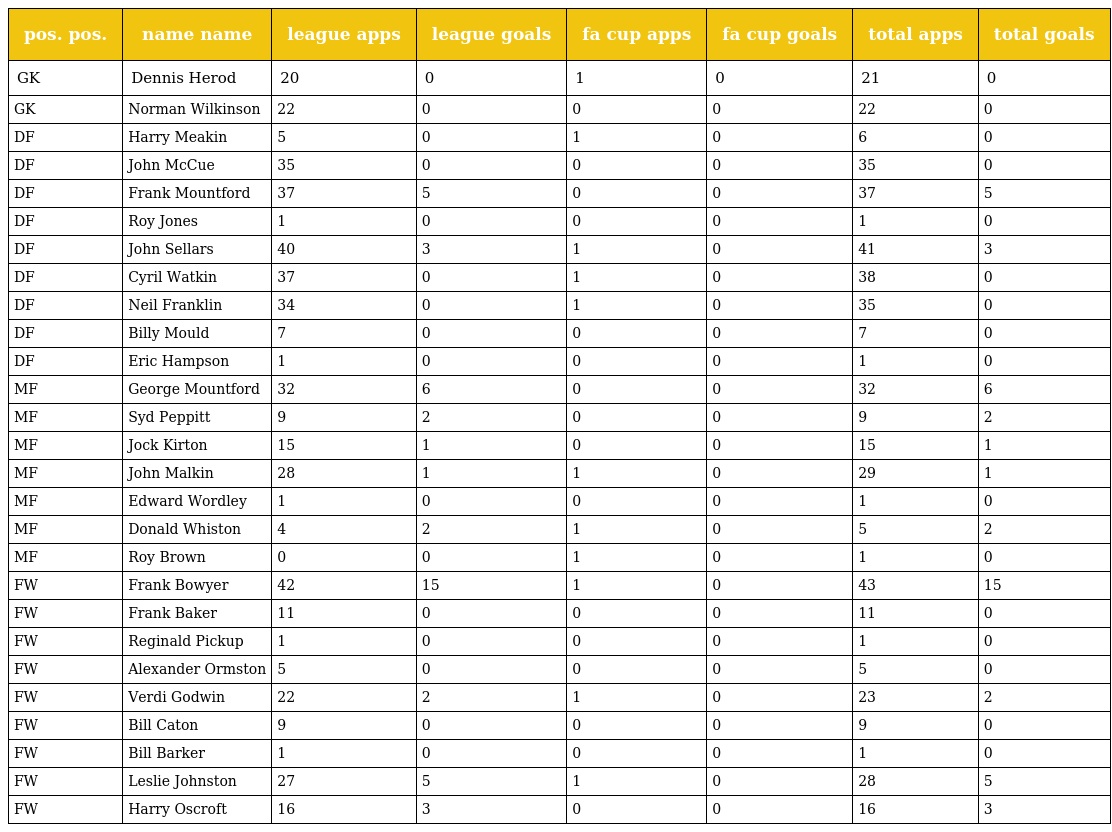
| pos. pos. | name name | league apps | league goals | fa cup apps | fa cup goals | total apps | total goals |
 | --- | --- | --- | --- | --- | --- | --- | --- |
 | GK | Dennis Herod | 20 | 0 | 1 | 0 | 21 | 0 |
 | GK | Norman Wilkinson | 22 | 0 | 0 | 0 | 22 | 0 |
 | DF | Harry Meakin | 5 | 0 | 1 | 0 | 6 | 0 |
 | DF | John McCue | 35 | 0 | 0 | 0 | 35 | 0 |
 | DF | Frank Mountford | 37 | 5 | 0 | 0 | 37 | 5 |
 | DF | Roy Jones | 1 | 0 | 0 | 0 | 1 | 0 |
 | DF | John Sellars | 40 | 3 | 1 | 0 | 41 | 3 |
 | DF | Cyril Watkin | 37 | 0 | 1 | 0 | 38 | 0 |
 | DF | Neil Franklin | 34 | 0 | 1 | 0 | 35 | 0 |
 | DF | Billy Mould | 7 | 0 | 0 | 0 | 7 | 0 |
 | DF | Eric Hampson | 1 | 0 | 0 | 0 | 1 | 0 |
 | MF | George Mountford | 32 | 6 | 0 | 0 | 32 | 6 |
 | MF | Syd Peppitt | 9 | 2 | 0 | 0 | 9 | 2 |
 | MF | Jock Kirton | 15 | 1 | 0 | 0 | 15 | 1 |
 | MF | John Malkin | 28 | 1 | 1 | 0 | 29 | 1 |
 | MF | Edward Wordley | 1 | 0 | 0 | 0 | 1 | 0 |
 | MF | Donald Whiston | 4 | 2 | 1 | 0 | 5 | 2 |
 | MF | Roy Brown | 0 | 0 | 1 | 0 | 1 | 0 |
 | FW | Frank Bowyer | 42 | 15 | 1 | 0 | 43 | 15 |
 | FW | Frank Baker | 11 | 0 | 0 | 0 | 11 | 0 |
 | FW | Reginald Pickup | 1 | 0 | 0 | 0 | 1 | 0 |
 | FW | Alexander Ormston | 5 | 0 | 0 | 0 | 5 | 0 |
 | FW | Verdi Godwin | 22 | 2 | 1 | 0 | 23 | 2 |
 | FW | Bill Caton | 9 | 0 | 0 | 0 | 9 | 0 |
 | FW | Bill Barker | 1 | 0 | 0 | 0 | 1 | 0 |
 | FW | Leslie Johnston | 27 | 5 | 1 | 0 | 28 | 5 |
 | FW | Harry Oscroft | 16 | 3 | 0 | 0 | 16 | 3 |